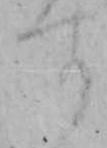
す